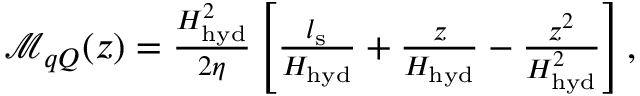
\begin{array} { r } { \mathcal { M } _ { q Q } ( z ) = \frac { H _ { \mathrm { h y d } } ^ { 2 } } { 2 \eta } \left[ \frac { l _ { \mathrm { s } } } { H _ { \mathrm { h y d } } } + \frac { z } { H _ { \mathrm { h y d } } } - \frac { z ^ { 2 } } { H _ { \mathrm { h y d } } ^ { 2 } } \right] , } \end{array}